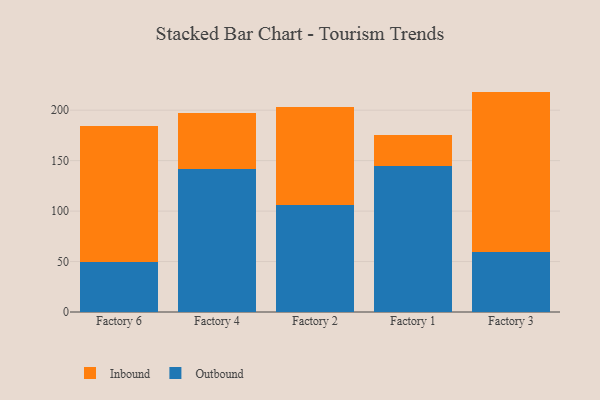
{"axis": {"x": "Factory", "y": "Backlog"}, "legend": ["Inbound", "Outbound"], "data": [{"x": "Factory 6", "y": 49.4, "type": "Outbound"}, {"x": "Factory 6", "y": 135.3, "type": "Inbound"}, {"x": "Factory 4", "y": 141.6, "type": "Outbound"}, {"x": "Factory 4", "y": 56.0, "type": "Inbound"}, {"x": "Factory 2", "y": 105.8, "type": "Outbound"}, {"x": "Factory 2", "y": 97.4, "type": "Inbound"}, {"x": "Factory 1", "y": 144.4, "type": "Outbound"}, {"x": "Factory 1", "y": 30.7, "type": "Inbound"}, {"x": "Factory 3", "y": 59.4, "type": "Outbound"}, {"x": "Factory 3", "y": 159.0, "type": "Inbound"}]}